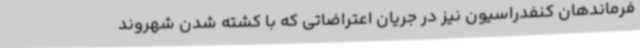
فرماندهان کنفدراسیون نیز در جریان اعتراضاتی که با کشته شدن شهروند